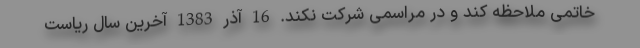
خاتمی ملاحظه کند و در مراسمی شرکت نکند. 16 آذر 1383 آخرین سال ریاست